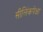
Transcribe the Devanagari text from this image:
सीलिंकपेक्षा